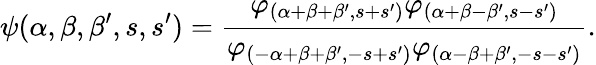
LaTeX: \psi(\alpha,\beta,\beta^{\prime},s,s^{\prime})=\frac{\varphi_{(\alpha+\beta+\beta^{\prime},s+s^{\prime})}\varphi_{(\alpha+\beta-\beta^{\prime},s-s^{\prime})}}{\varphi_{(-\alpha+\beta+\beta^{\prime},-s+s^{\prime})}\varphi_{(\alpha-\beta+\beta^{\prime},-s-s^{\prime})}}.